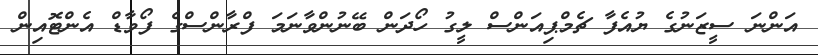
އަންނަ ސީޒަނުގެ ޔުއެފާ ޗެމްޕިއަންސް ލީގު ހޯދަން ބޭނުންވާނަމަ ފްރާންސްގެ ފޯވާޑް އެންޓޮއިން